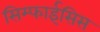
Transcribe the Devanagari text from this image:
सिम्फाईसिस